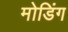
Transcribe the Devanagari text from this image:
मोडिंग